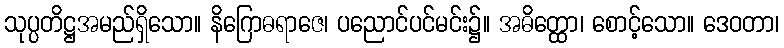
သုပ္ပတိဋ္ဌအမည်ရှိသော။ နိဂြောဓရာဇေ၊ ပညောင်ပင်မင်း၌။ အဓိတ္ထော၊ စောင့်သော။ ဒေဝတာ၊